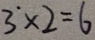
3 ^ { \cdot } \times 2 = 6